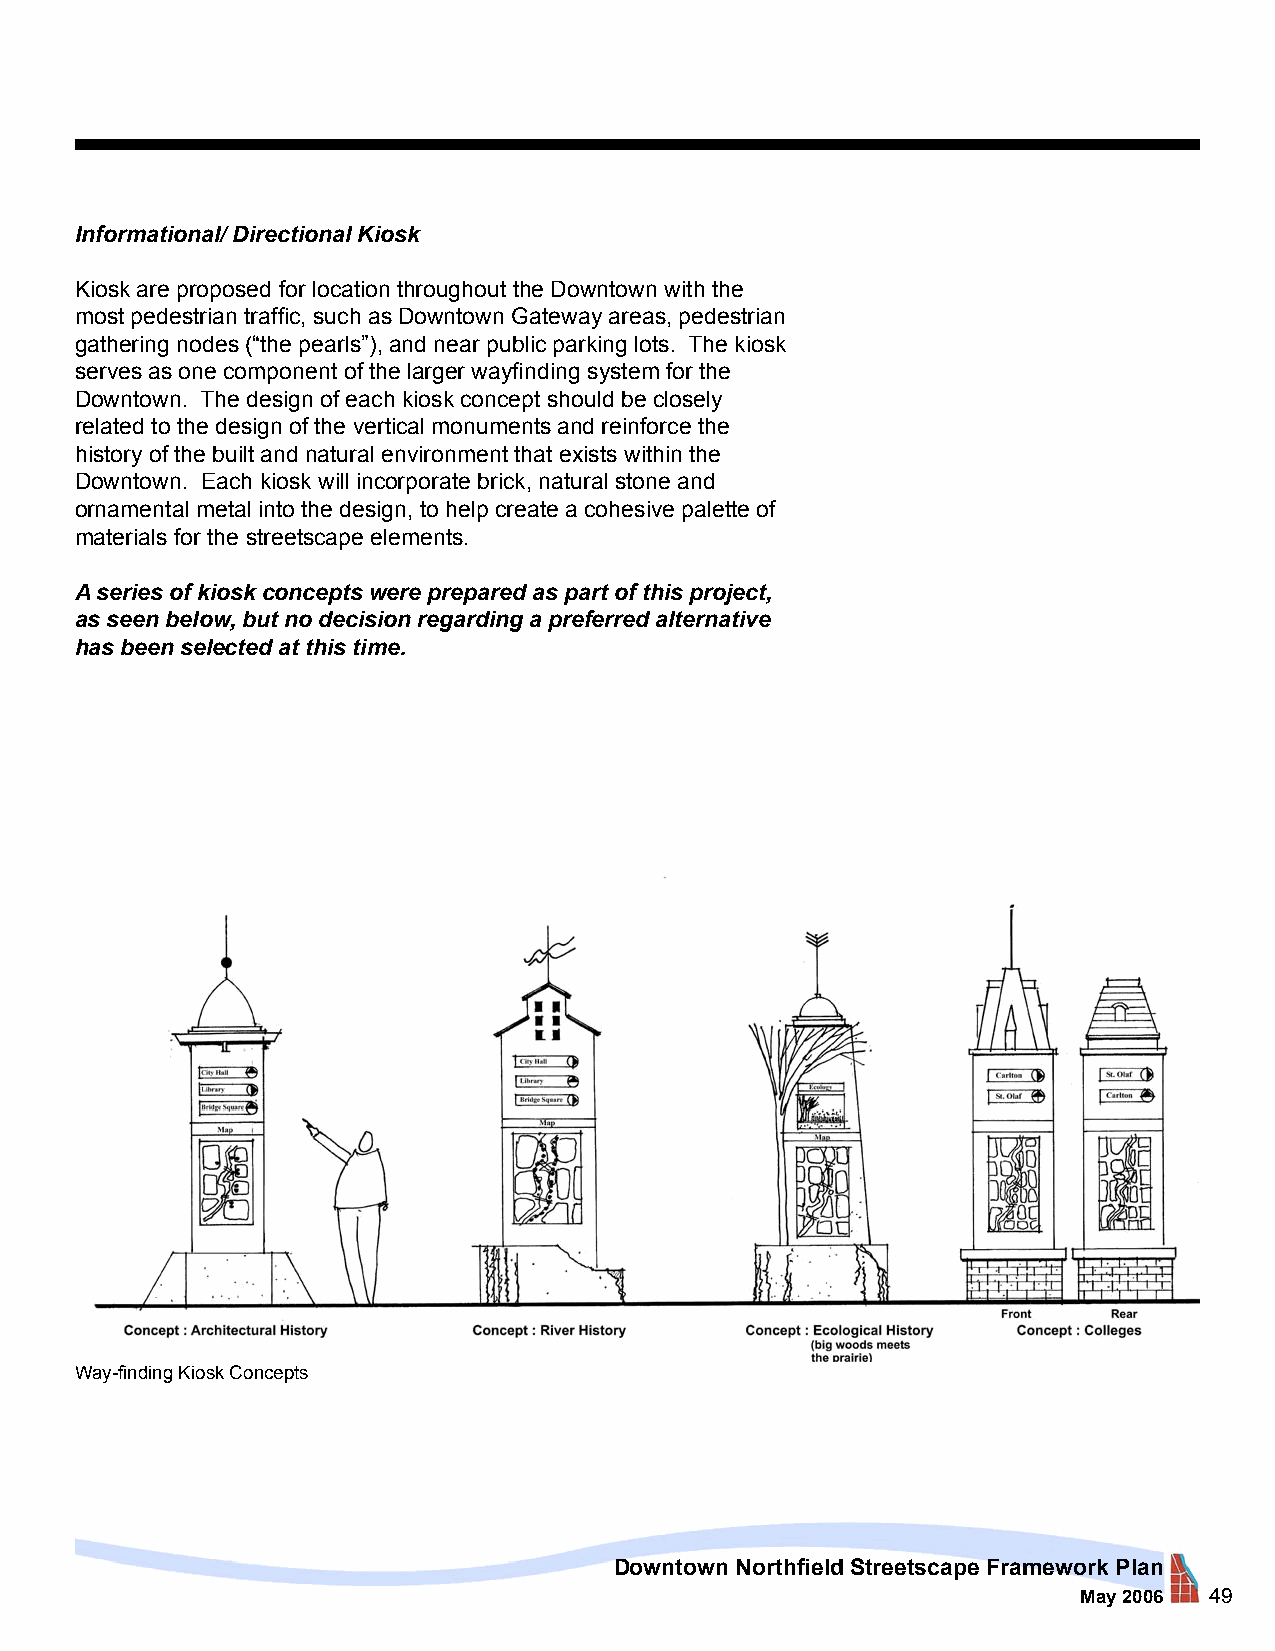
Informational/ Directional Kiosk
 Kiosk are proposed for location throughout the Downtown with the
 most pedestrian traffic, such as Downtown Gateway areas, pedestrian
 gathering nodes (“the pearls”), and near public parking lots. The kiosk
 serves as one component of the larger wayfinding system for the
 Downtown. The design of each kiosk concept should be closely
 related to the design of the vertical monuments and reinforce the
 history of the built and natural environment that exists within the
 Downtown. Each kiosk will incorporate brick, natural stone and
 ornamental metal into the design, to help create a cohesive palette of
 materials for the streetscape elements.
 A series of kiosk concepts were prepared as part of this project,
 as seen below, but no decision regarding a preferred alternative
 has been selected at this time.
 Way-finding Kiosk Concepts
 Downtown Northfield Streetscape Framework Plan
 May 2006 49